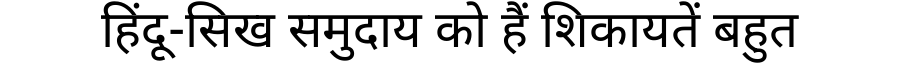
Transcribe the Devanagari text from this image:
हिंदू-सिख समुदाय को हैं शिकायतें बहुत